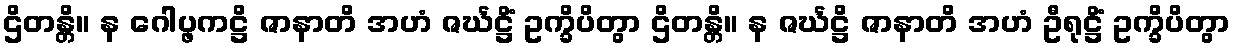
ဌိတန္တိ။ န ဂေါပ္ဖကဋ္ဌိ ဇာနာတိ အဟံ ဇင်္ဃဋ္ဌိံ ဥက္ခိပိတွာ ဌိတန္တိ။ န ဇင်္ဃဋ္ဌိ ဇာနာတိ အဟံ ဦရုဋ္ဌိံ ဥက္ခိပိတွာ